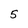
Character: 5